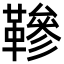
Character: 𩌰